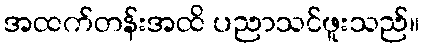
အထက်တန်းအထိ ပညာသင်ဖူးသည်။